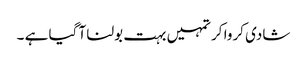
شادی کروا کر تمہیں بہت بولنا آ گیا ہے ۔